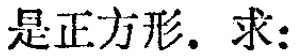
是正方形. 求: